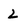
Character: 2